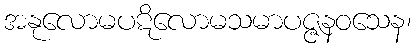
အနုလောမပဋိလောမသမာပဇ္ဇနဝသေန၊